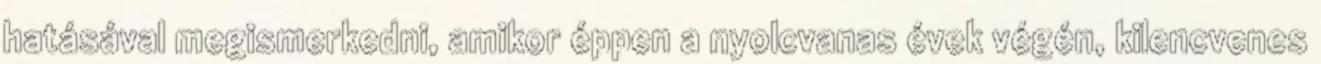
hatásával megismerkedni, amikor éppen a nyolcvanas évek végén, kilencvenes